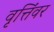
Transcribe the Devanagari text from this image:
वृत्तिंवर